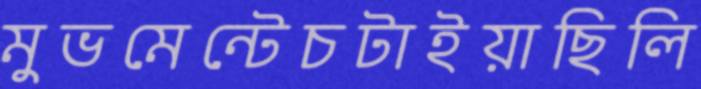
মুভমেন্টেচটাইয়াছিলি